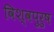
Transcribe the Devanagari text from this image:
विश्वपुरुष